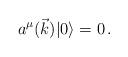
LaTeX: \begin{align*}a^\mu(\vec{k}) |0\rangle = 0 \, .\end{align*}